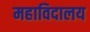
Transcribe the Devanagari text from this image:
महाविदालय